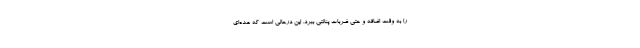
را به وقت اضافه و حتی ضربات پنالتی ببرد. این درحالی است که عده‌ای